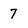
Character: 7